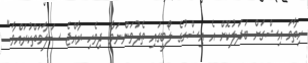
ހިތާމަ އިޝްގަށް ބަދަލުކޮށް އެ އިޝްގުގެ ލޯބީގައި ތެދުވަންނަވާ. ދިވެހި ރާއްޖެ ސަލާމަތްކުރައްވާ."